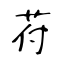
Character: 苻